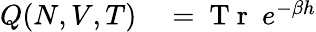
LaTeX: \begin{array}{rl}{Q(N,V,T)}&{{}=\mathrm{~T~r~}~e^{-\beta h}}\end{array}